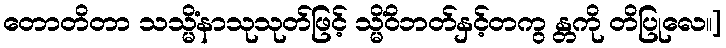
တောတိတာ သသ္မိံနာသုသုတ်ဖြင့် သ္မိံဝိဘတ်နှင့်တကွ န္တကို တိပြုလေ။]